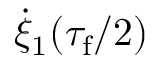
\dot { \xi } _ { 1 } ( \tau _ { \mathrm { f } } / 2 )